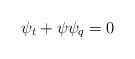
LaTeX: \begin{align*}\psi_t+\psi\psi_q=0\end{align*}